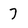
Character: 7